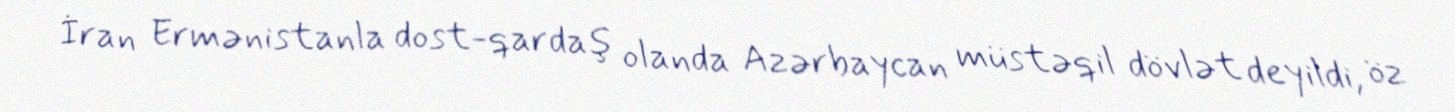
İran Ermənistanla dost-qardaş olanda Azərbaycan müstəqil dövlət deyildi, öz